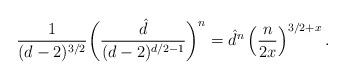
LaTeX: \begin{align*}\frac{1}{(d-2)^{3/2}}\biggl(\frac{\hat{d}}{(d-2)^{d/2-1}}\biggr)^{n}=\hat{d}^{n}\left(\frac{n}{2x}\right)^{3/2+x}.\end{align*}